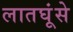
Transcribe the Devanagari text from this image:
लातघूंसे